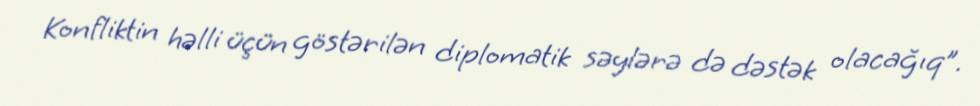
Konfliktin həlli üçün göstərilən diplomatik səylərə də dəstək olacağıq”.